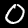
Label: 0